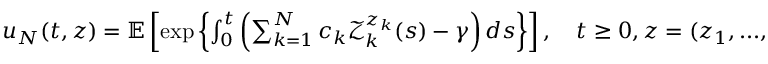
\begin{array} { r } { u _ { N } ( t , z ) = \mathbb { E } \left[ \exp \left\{ \int _ { 0 } ^ { t } \left( \sum _ { k = 1 } ^ { N } c _ { k } \mathcal { Z } _ { k } ^ { z _ { k } } ( s ) - \gamma \right) d s \right\} \right] , \quad t \geq 0 , z = ( z _ { 1 } , . . . , z _ { N } ) \in \mathbb { R } ^ { N } . } \end{array}